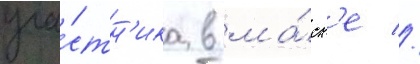
уча́стн'ика в ма́ск'е //